Bréfritari: Sigríður Pálsdóttir
Viðtakandi: Páll Pálsson
Dagsetning: A-1852-05-09
Skrifað á: Hraungerði  Árn.
Páll var bróðir Sigríðar

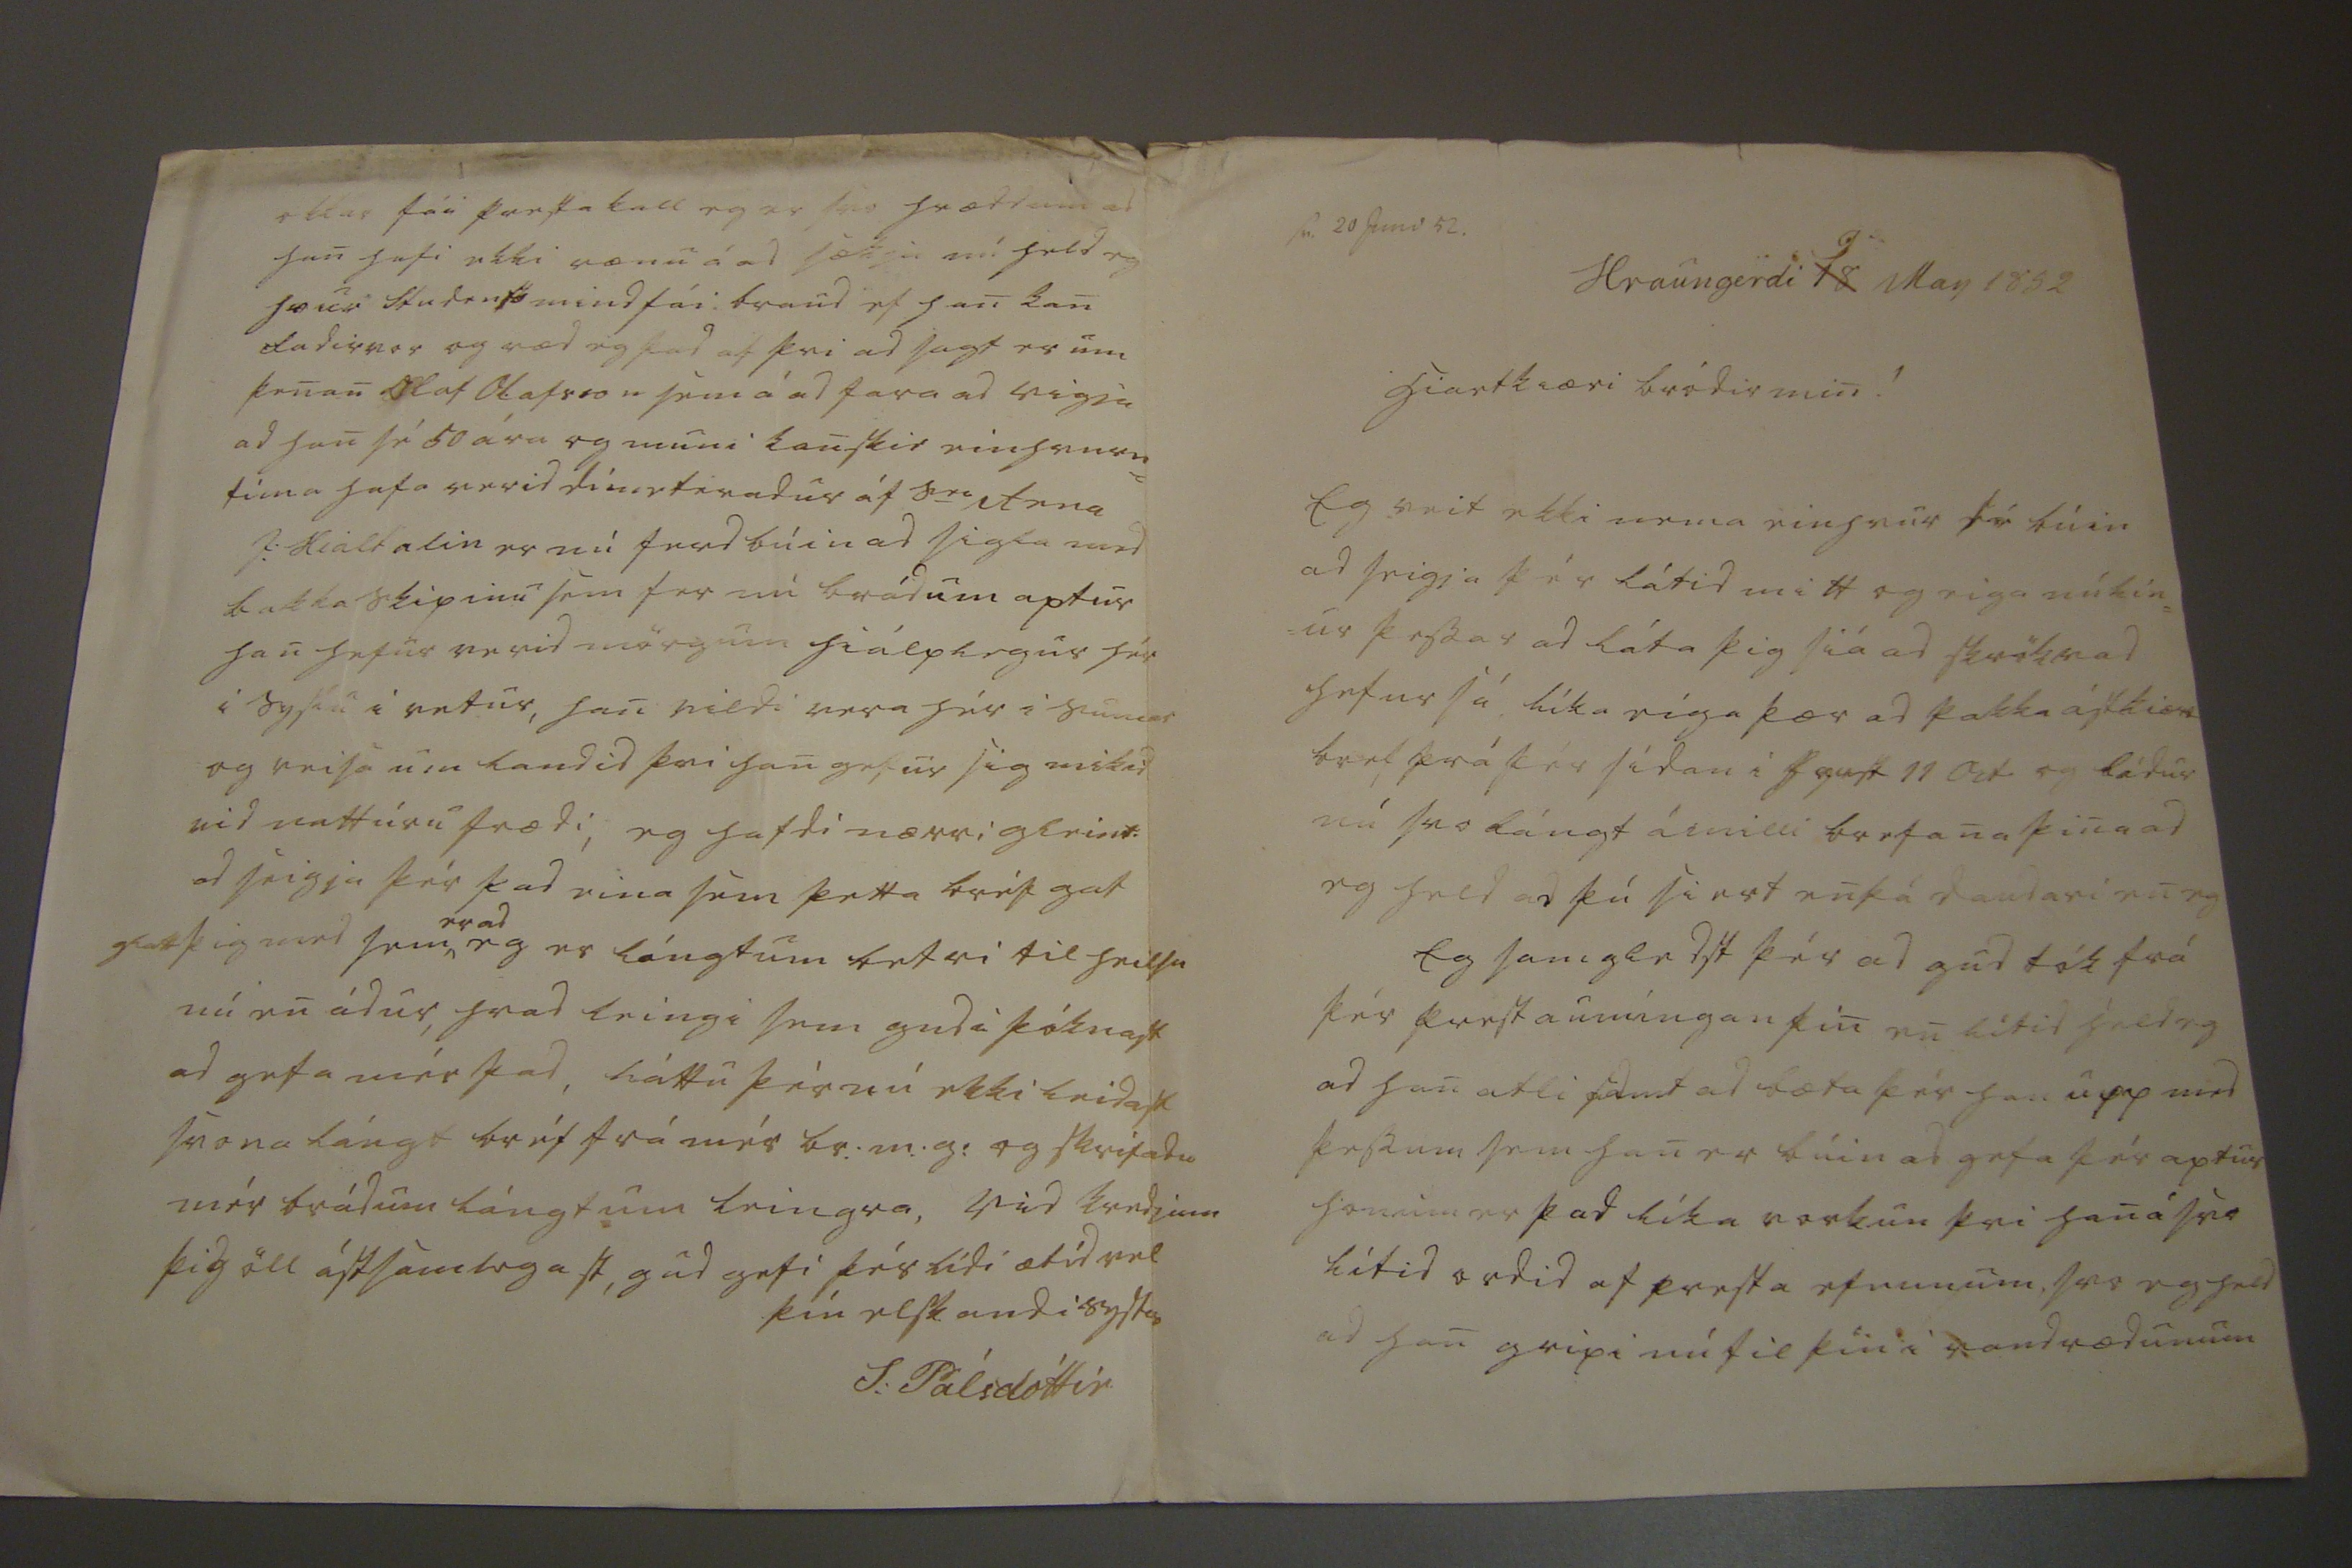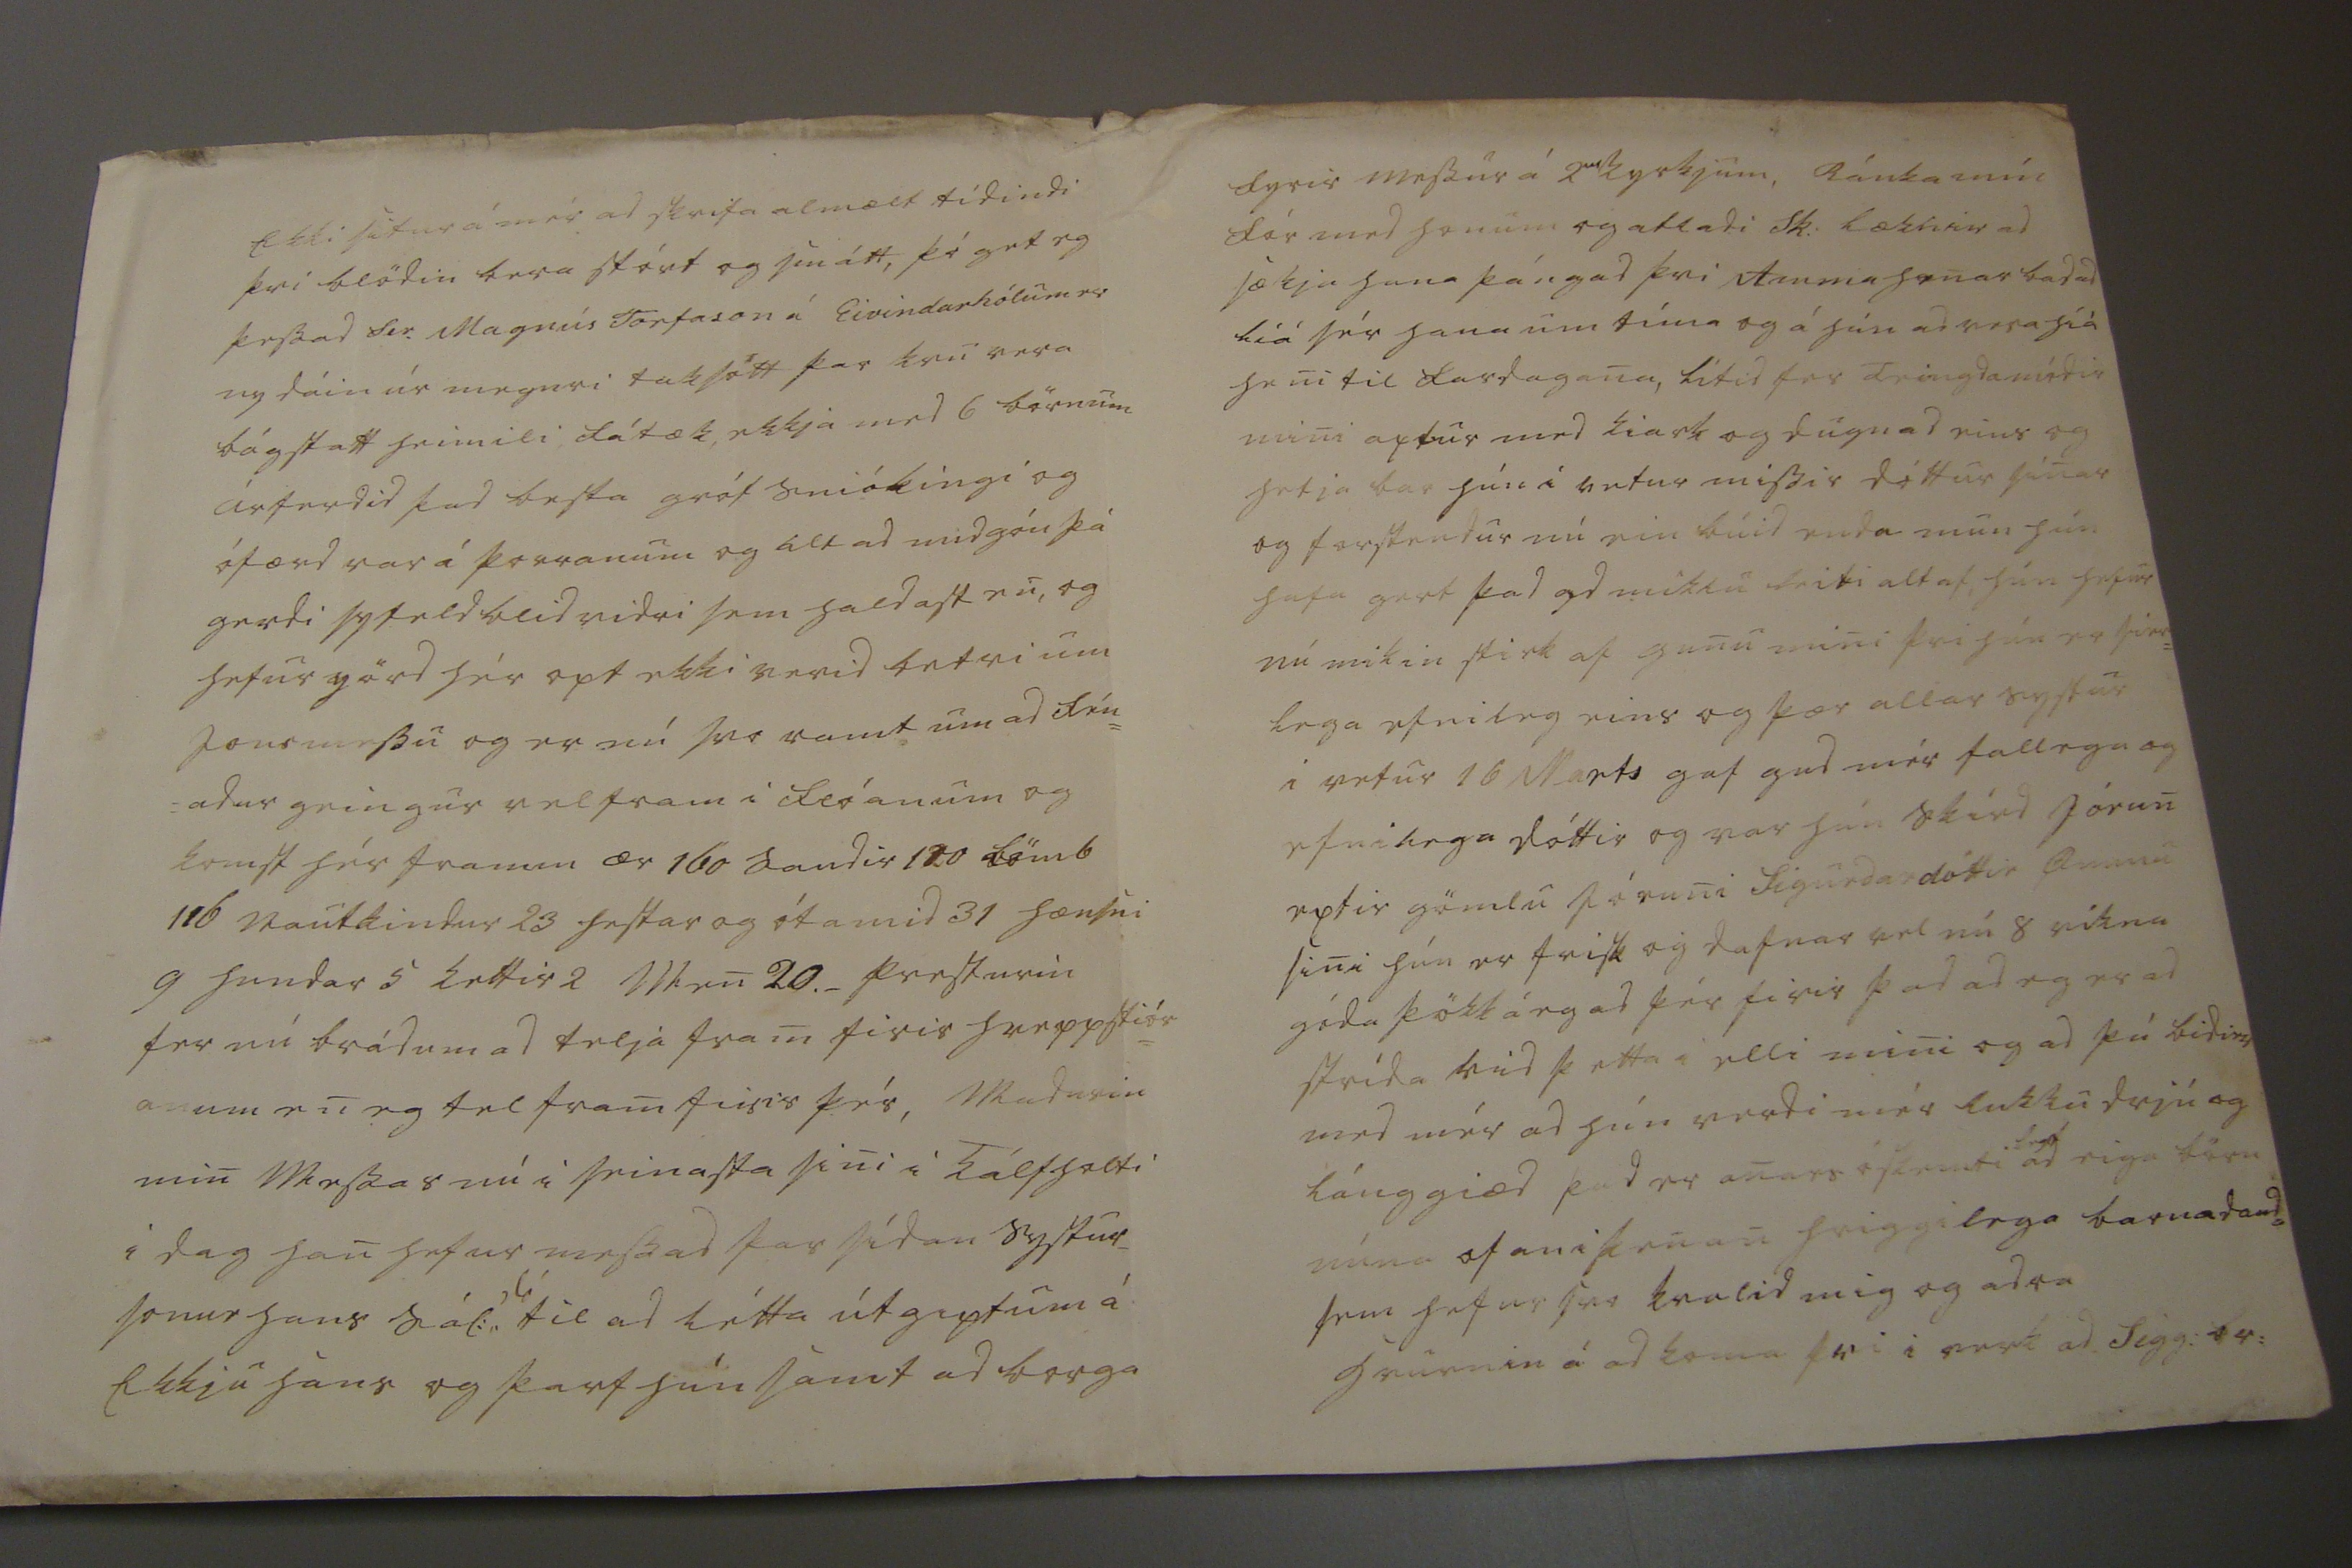

sv 20 Juni 52
Hraungerdi
18
9 May 1852
hiartkiæri bródir min !
Eg veit ekki nema einhvur sé búin ad seigja þér látid mitt og eiga nú lín= ur þessar ad láta þig siá ad skrökvad hefur sá líka eiga þær ad þakka ástkiær bref frá þér sídan i haust 11 Oct og lídur nú svo lángt á milli brefana þin ad eg held ad þú siert enþá daudari en eg Eg samgledst þér ad gud tók frá þér prestaumingan þin en lítid held eg ad han atli samt ad bæta þér han upp med þessum sem han er búin ad gefa þér aptur honum er þad líka vorkun þvi han á svo lítid ordid af presta efnunum, svo eg held ad han gripi nú til þín i vandrædunum
Ekki situr á mér ad skrifa almælt tídindi þvi blödin bera stórt og smátt, þó get eg þessad Sie. Magnús Torfason á Eivindarhólum er nydáin úr megnri taksótt þar kvu vera bágstatt heimili fátæk, ekkja med 6 börnum árferdid þad besta gróf sniókingi og ófærd var á þorranum og alt ad midgóu þá gerdi syfeld blidvidri sem haldast nu, og hefur yörd hér opt ekki verid betri um Jonsmessu og er nú svo ramt um ad fén= =adur geingur vel fram i flóanum og komst hér framm ær 160 saudir 120 lömb 116 nautkindur 23 hestar og ótamid 31 hænsni 9 hundar 5 kettir 2
M
en 20._ presturin fer nú brádum ad telja fram firir hreppstiór= anum en eg tel fram firir þér, Madurin min Messar nú i seinasta sini i Kálfholti i dag han hefur messad þar sídan systur_ sonur hans sál: til ad létta útgiptum á Ekkju hans og þarf hún samt ad borga
fyrir messur á 2
ur
kyrkjum, Ránka mín fór med honum og atladi Sk: læknir ad sækja hana þángad þvi Amma henar bad ad líá sér hana um tíma og á hún ad vera híá heni til fardagana, lítid fer Teingdamódir mini aptur med kiark og dugnad eins og hefja bar hún i vetur missir dóttur sinar og forstendur nú ein búid enda mun hún hafa gert þad ad miklu leiti altaf, hún hefur nú mikin stirk af gunu mini þvi hún er sier= lega efnileg eins og þær allar systur i vetur 16 Marts gaf gud mér fallega og efnilega dóttir og var hún skírd Jórun eptir gömlu Jóruni Sigurdardóttir Ömmu sini hún er frisk og dafnar vel nú 8 vikna góda þökk á eg ad þér firir þad ad eg er ad strída vid þetta i elli mini og ad þú bidier med mér ad hún verdi mér lukkudrjú og lánggiæd þad er anars óskemti
legt
ad eiga börn núna ofani þenan hriggilega barnadauda sem hefur svo kvalid mig og adra hvurnin á ad koma þvi i verkad Sigg: br:
ockar fái presta kall eg er svo hræddum ad han hafi ekki rænu á ad sækja nú held eg hvur students mind fái braud ef han kan fadirvor og ræd eg þad af þvi ad sagt er um þenan Olaf Olafsson sem á ad fara ad vigja ad han sé 50 ára og muni kanskie einhvurn= tíma hafa verid
dimeteradur
af S
er
Arna I: Hialtalin er nú ferdbúin ad sigla med bakka skipinu sem fer nú brádum aptur han hefur verid mörgum hiálplegur hér i syslu i vetur, han vildi vera hér i sumar og reisa um landid þvi han gefur sig mikid vid nattúru frædi, eg hafdi nærri gleint ad seigja þér þad eina sem þetta bréf gat glatt þig med sem ^
er ad
eg er lángtum betri til heilsu nú en ádur, hvad leingi sem gudi þóknast ad gefa mér þad, láttu þér nú ekki leidast svona lángt bréf frá mér br: m:g: og skrifadu mér brádum lángtum leingra, Vid kvedjum þig öll ástsamlegast, gud gefi þér lídi ætíd vel
þín elskandi systir
S: Pálsdóttir